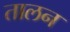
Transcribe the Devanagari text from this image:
तालन